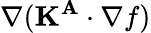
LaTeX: \nabla(\mathbf{K^{A}}\cdot\nabla f)